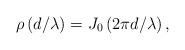
LaTeX: \begin{align*}\rho\left(d/\lambda\right)=J_0\left(2\pi d/\lambda\right),\end{align*}